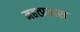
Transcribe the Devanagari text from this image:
महत्प्रयास